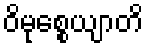
ဝိမုစ္စေယျာတိ